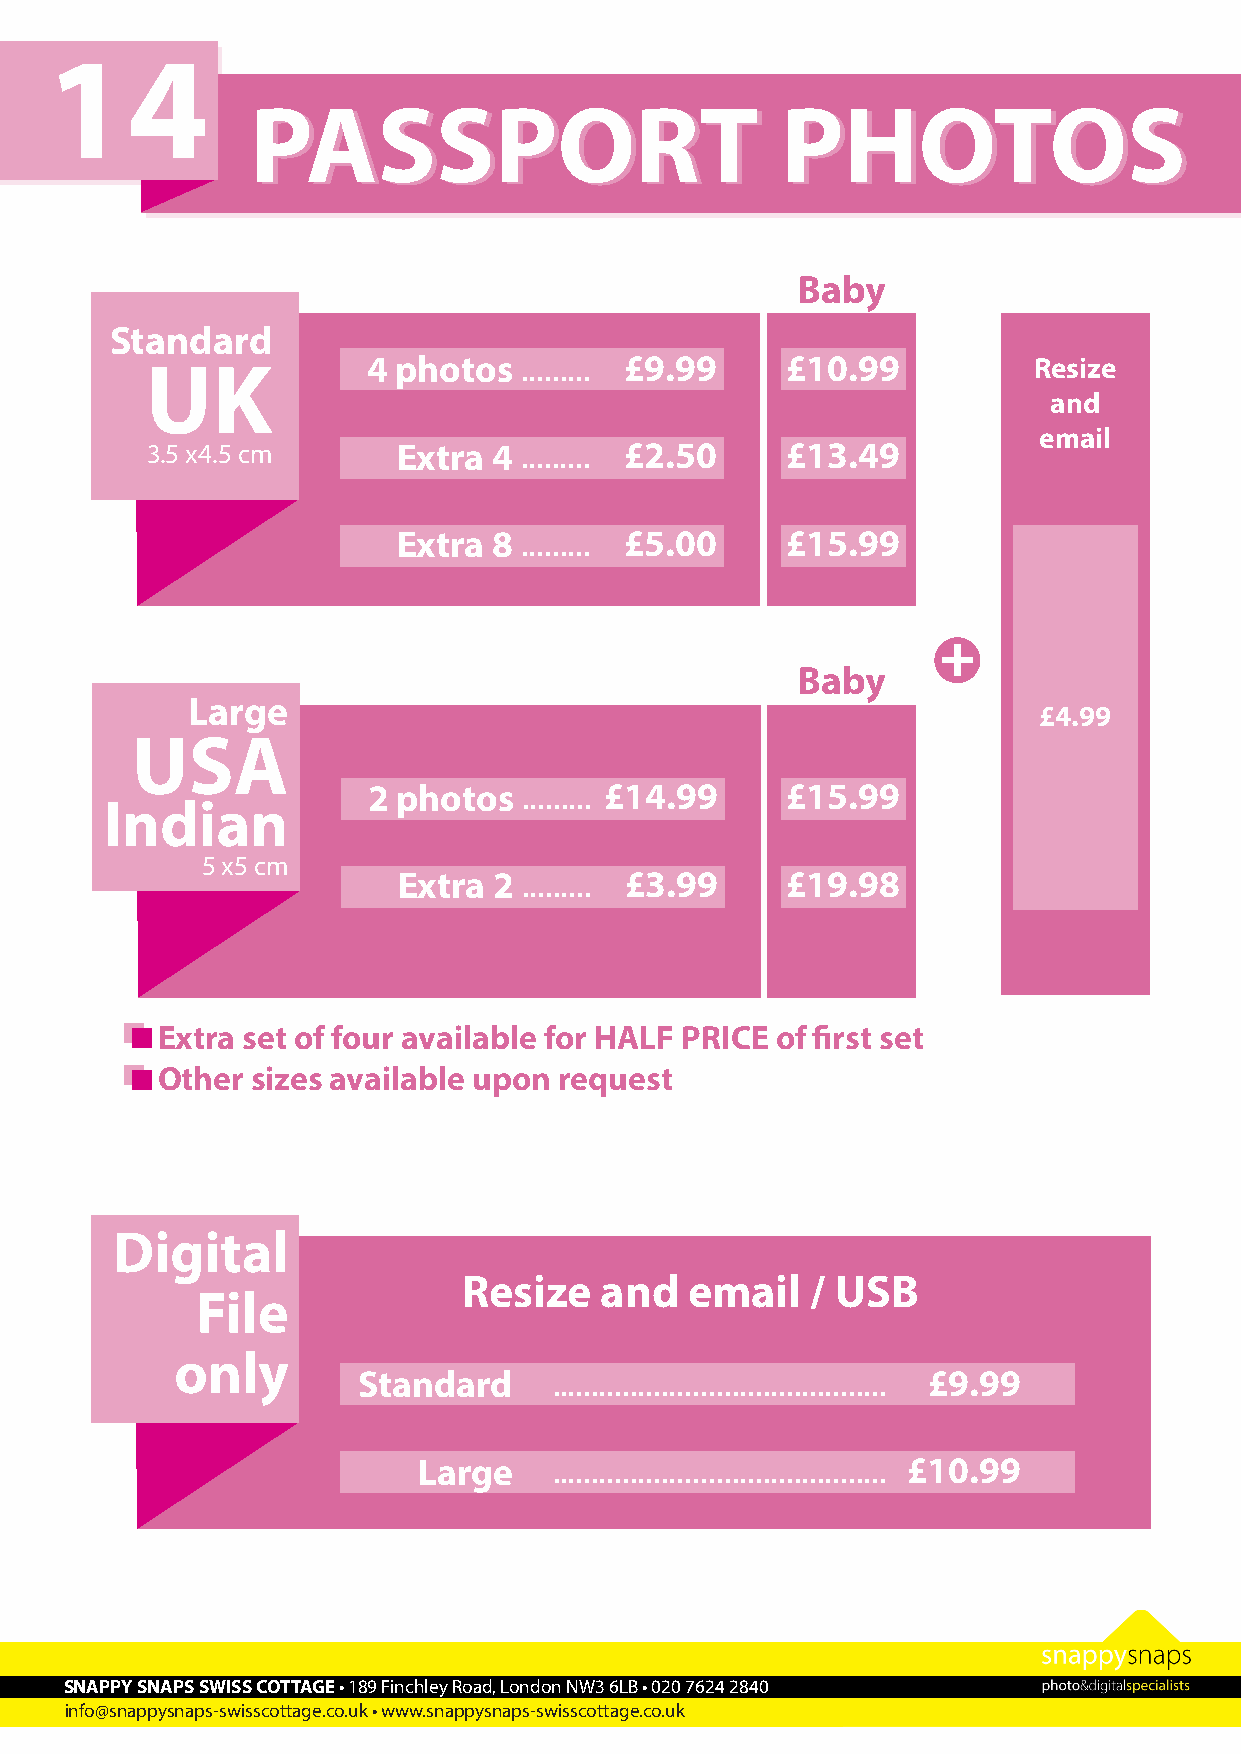
14
 PPAASSSSPPOORRTT                   PPHHOOTTOOSS
 Baby
 Standard
 UK            4 photos  ......... £9.99   £10.99          Resize
 and
 email
 3.5 x4.5 cm     Extra  4 ......... £2.50  £13.49
 Extra  8 ......... £5.00  £15.99
 +
 Baby
 Large
 £4.99
 USA
 2 photos   ......... £14.99 £15.99
 Indian
 5 x5 cm
 Extra  2 ......... £3.99  £19.98
 Extra set of four available for HALF PRICE of first set
 Other  sizes available upon request
 Digital
 Resize   and   email   / USB
 File
 only
 Standard     ........................................... £9.99
 Large    ........................................... £10.99
 SNAPPY SNAPS SWISS COTTAGE • 189 Finchley Road, London NW3 6LB • 020 7624 2840
 info@snappysnaps-swisscottage.co.uk • www.snappysnaps-swisscottage.co.uk